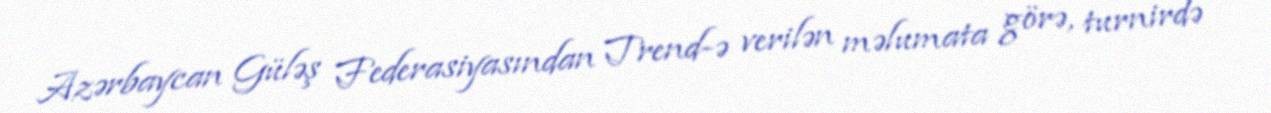
Azərbaycan Güləş Federasiyasından Trend-ə verilən məlumata görə, turnirdə